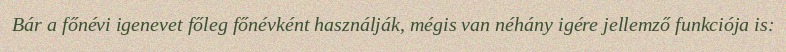
Bár a főnévi igenevet főleg főnévként használják, mégis van néhány igére jellemző funkciója is: